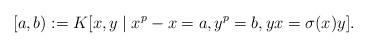
LaTeX: \begin{align*} [a,b):=K[x,y \; | \; x^p-x=a,y^p=b,yx=\sigma(x)y].\end{align*}